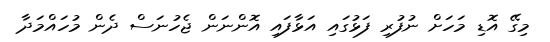
މިގޭ އޮޑި މަހަށް ނުފުރި ފަޅުގައި އަޅާފައި އޮންނަން ޖެހުނަސް ދެން މުހައްމަދާ